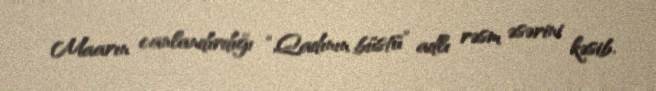
Maarın canlandırdığı “Qadının büstü” adlı rəsm əsərini kəsib.